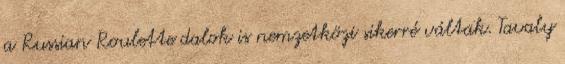
a Russian Roulette dalok is nemzetközi sikerré váltak. Tavaly